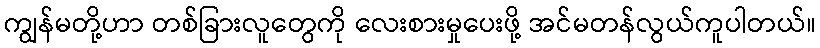
ကျွန်မတို့ဟာ တစ်ခြားလူတွေကို လေးစားမှုပေးဖို့ အင်မတန်လွယ်ကူပါတယ်။